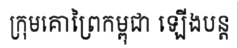
ក្រុមគោព្រៃកម្ពុជា ឡើងបន្ត